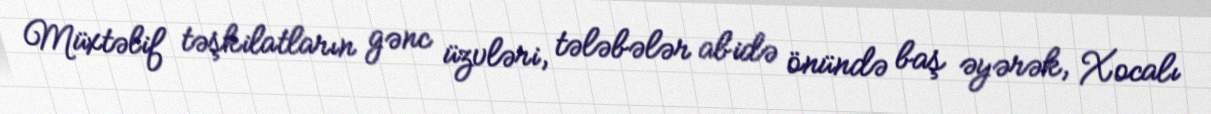
Müxtəlif təşkilatların gənc üzvləri, tələbələr abidə önündə baş əyərək, Xocalı